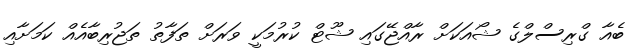
ބެއާ ގްރިސްލްގެ ޝޯއަކަށް ރާއްޖޭގައި ޝޫޓް ކުރުމަކީ ވަރަށް ތަފާތު ތަޖުރިބާއެއް ކަމަށާއި